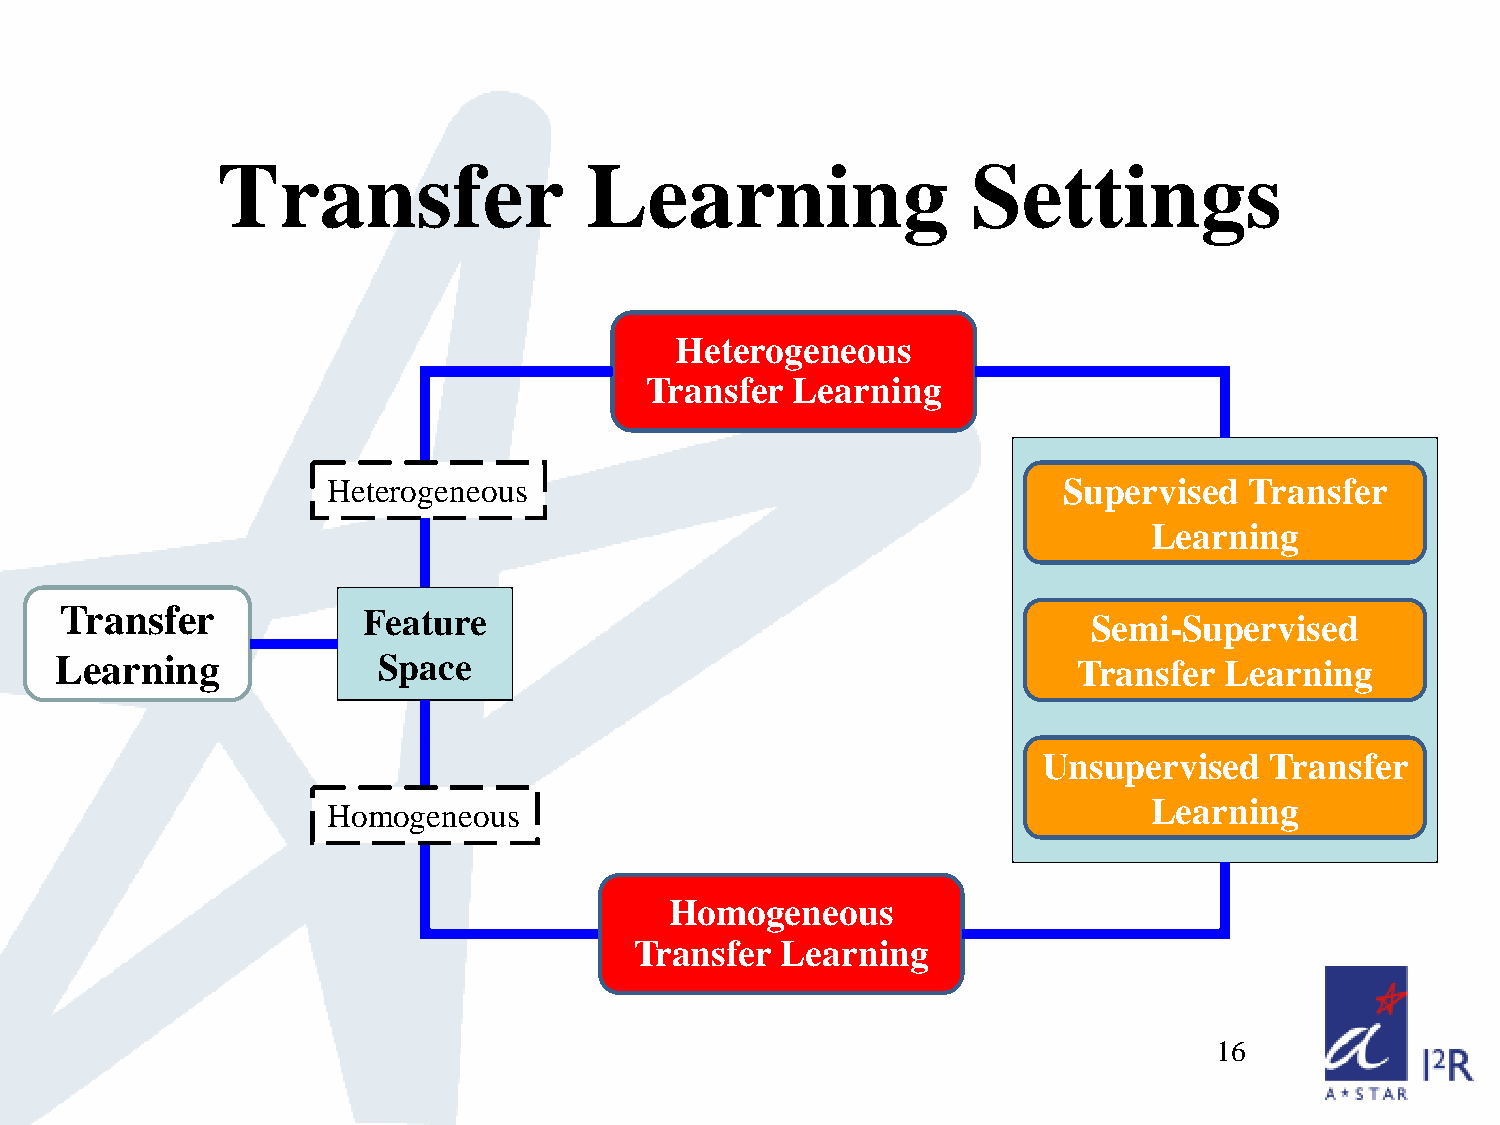
Transfer                 Learning                 Settings
 Heterogeneous
 Transfer  Learning
 Heterogeneous                                   Supervised   Transfer
 Learning
 Transfer            Feature                                         Semi-Supervised
 Learning             Space                                         Transfer  Learning
 Unsupervised   Transfer
 Homogeneous                                           Learning
 Homogeneous
 Transfer  Learning
 16